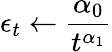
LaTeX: \epsilon_{t}\leftarrow\frac{\alpha_{0}}{t^{\alpha_{1}}}